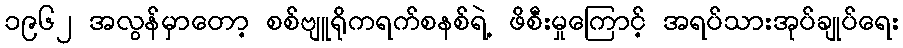
၁၉၆၂ အလွန်မှာတော့ စစ်ဗျူရိုကရက်စနစ်ရဲ့ ဖိစီးမှုကြောင့် အရပ်သားအုပ်ချုပ်ရေး